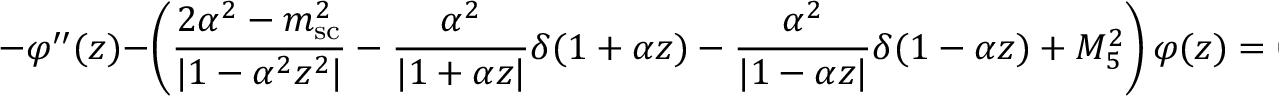
- \varphi ^ { \prime \prime } ( z ) - \left( \frac { 2 \alpha ^ { 2 } - m _ { \mathrm { s c } } ^ { 2 } } { | 1 - \alpha ^ { 2 } z ^ { 2 } | } - \frac { \alpha ^ { 2 } } { | 1 + \alpha z | } \delta ( 1 + \alpha z ) - \frac { \alpha ^ { 2 } } { | 1 - \alpha z | } \delta ( 1 - \alpha z ) + M _ { 5 } ^ { 2 } \right) \varphi ( z ) = 0 ~ ,